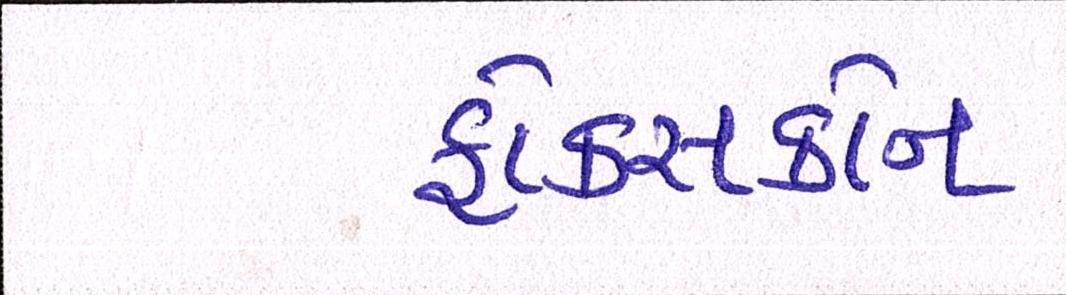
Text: ફોક્સકોન